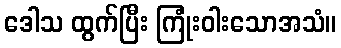
ဒေါသ ထွက်ပြီး ကြုံးဝါးသောအသံ။